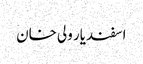
اسفندیار ولی خان